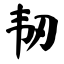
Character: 韧